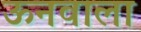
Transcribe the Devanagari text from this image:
ऊनवाला